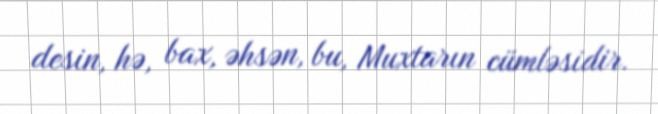
desin, hə, bax, əhsən, bu, Muxtarın cümləsidir.